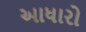
આધારો